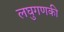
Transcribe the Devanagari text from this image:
लघुगणकी